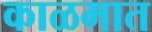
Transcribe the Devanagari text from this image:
काळमात